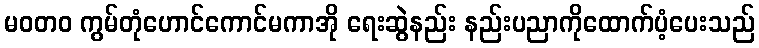
မဝတ၀ ကွမ်တုံဟောင်ကောင်မကာအို ရေးဆွဲနည်း နည်းပညာကိုထောက်ပံ့ပေးသည်